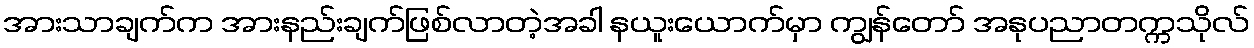
အားသာချက်က အားနည်းချက်ဖြစ်လာတဲ့အခါ နယူးယောက်မှာ ကျွန်တော် အနုပညာတက္ကသိုလ်